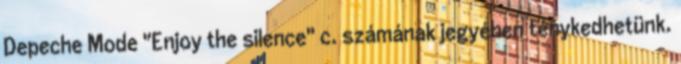
Depeche Mode "Enjoy the silence" c. számának jegyében ténykedhetünk.